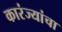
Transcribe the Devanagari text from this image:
कारंज्यांचा